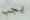
يجب